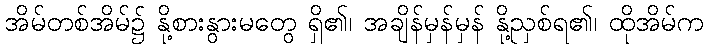
အိမ်တစ်အိမ်၌ နို့စားနွားမတွေ ရှိ၏၊ အချိန်မှန်မှန် နို့ညှစ်ရ၏၊ ထိုအိမ်က